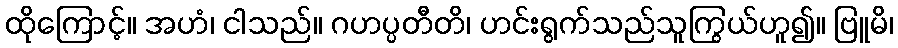
ထိုကြောင့်။ အဟံ၊ ငါသည်။ ဂဟပ္ပတီတိ၊ ဟင်းရွက်သည်သူကြွယ်ဟူ၍။ ဗြူမိ၊